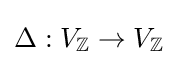
\Delta :V_{\mathbb {Z} }\to V_{\mathbb {Z} }